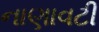
નાણાવટી